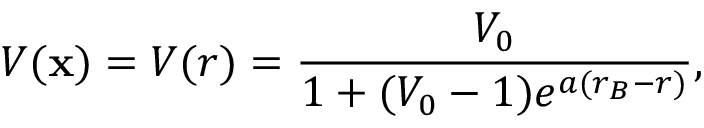
V ( \mathbf { x } ) = V ( r ) = \frac { V _ { 0 } } { 1 + ( V _ { 0 } - 1 ) e ^ { a ( r _ { B } - r ) } } ,